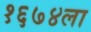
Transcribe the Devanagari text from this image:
१६७४ला